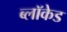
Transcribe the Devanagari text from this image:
ब्लॉकेड